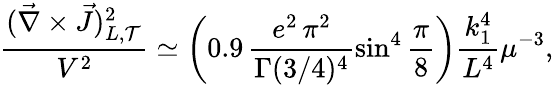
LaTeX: \frac{(\vec{\nabla}\times\vec{J})_{L,{\cal T}}^{2}}{V^{2}}\simeq\biggl(0.9\, \frac{e^{2}\, \pi^{2}}{\Gamma(3/4)^{4}}\sin^{4}{\frac{\pi}{8}}\biggr)\frac{k_{1}^{4}}{L^{4}}\mu^{-3},